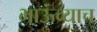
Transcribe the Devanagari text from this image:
भाऊंच्याच